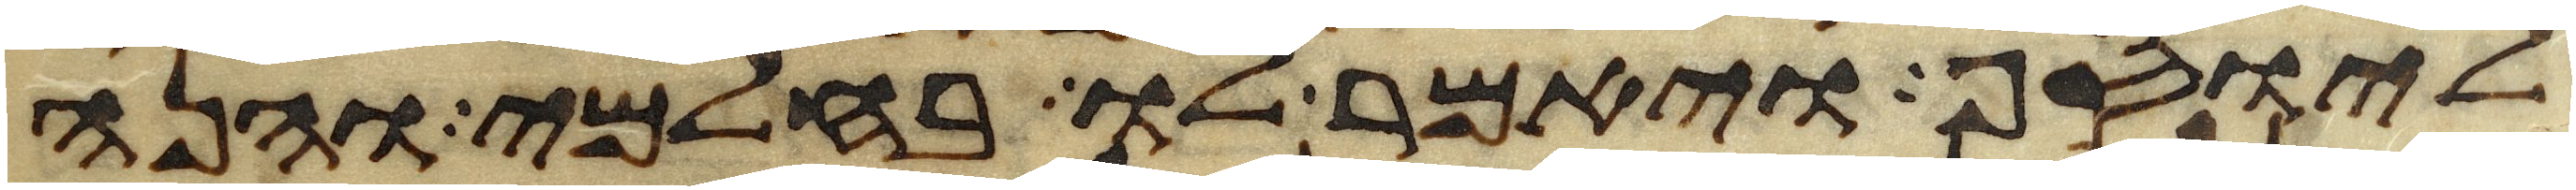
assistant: ליוסף ויאמר לו בחלמי והנה